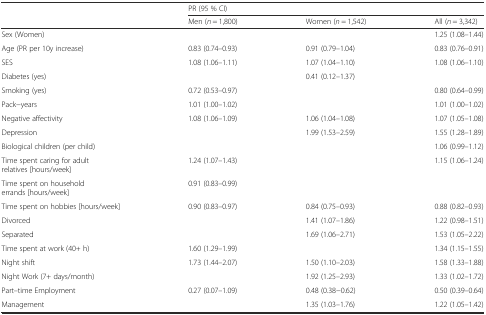
<table><thead><tr><td></td><td colspan="3"><b>PR (95 % CI)</b></td></tr><tr><td></td><td><b>Men (<i>n</i> = 1,800)</b></td><td><b>Women (<i>n</i> = 1,542)</b></td><td><b>All (<i>n</i> = 3,342)</b></td></tr></thead><tbody><tr><td>Sex (Women)</td><td></td><td></td><td>1.25 (1.08–1.44)</td></tr><tr><td>Age (PR per 10y increase)</td><td>0.83 (0.74–0.93)</td><td>0.91 (0.79–1.04)</td><td>0.83 (0.76–0.91)</td></tr><tr><td>SES</td><td>1.08 (1.06–1.11)</td><td>1.07 (1.04–1.10)</td><td>1.08 (1.06–1.10)</td></tr><tr><td>Diabetes (yes)</td><td></td><td>0.41 (0.12–1.37)</td><td></td></tr><tr><td>Smoking (yes)</td><td>0.72 (0.53–0.97)</td><td></td><td>0.80 (0.64–0.99)</td></tr><tr><td>Pack−years</td><td>1.01 (1.00–1.02)</td><td></td><td>1.01 (1.00–1.02)</td></tr><tr><td>Negative affectivity</td><td>1.08 (1.06–1.09)</td><td>1.06 (1.04–1.08)</td><td>1.07 (1.05–1.08)</td></tr><tr><td>Depression</td><td></td><td>1.99 (1.53–2.59)</td><td>1.55 (1.28–1.89)</td></tr><tr><td>Biological children (per child)</td><td></td><td></td><td>1.06 (0.99–1.12)</td></tr><tr><td>Time spent caring for adult relatives [hours/week]</td><td>1.24 (1.07–1.43)</td><td></td><td>1.15 (1.06–1.24)</td></tr><tr><td>Time spent on household errands [hours/week]</td><td>0.91 (0.83–0.99)</td><td></td><td></td></tr><tr><td>Time spent on hobbies [hours/week]</td><td>0.90 (0.83–0.97)</td><td>0.84 (0.75–0.93)</td><td>0.88 (0.82–0.93)</td></tr><tr><td>Divorced</td><td></td><td>1.41 (1.07–1.86)</td><td>1.22 (0.98–1.51)</td></tr><tr><td>Separated</td><td></td><td>1.69 (1.06–2.71)</td><td>1.53 (1.05–2.22)</td></tr><tr><td>Time spent at work (40+ h)</td><td>1.60 (1.29–1.99)</td><td></td><td>1.34 (1.15–1.55)</td></tr><tr><td>Night shift</td><td>1.73 (1.44–2.07)</td><td>1.50 (1.10–2.03)</td><td>1.58 (1.33–1.88)</td></tr><tr><td>Night Work (7+ days/month)</td><td></td><td>1.92 (1.25–2.93)</td><td>1.33 (1.02–1.72)</td></tr><tr><td>Part–time Employment</td><td>0.27 (0.07–1.09)</td><td>0.48 (0.38−0.62)</td><td>0.50 (0.39–0.64)</td></tr><tr><td>Management</td><td></td><td>1.35 (1.03–1.76)</td><td>1.22 (1.05–1.42)</td></tr></tbody></table>